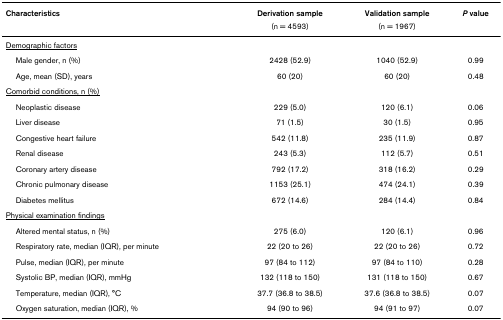
<table><thead><tr><td><b>Characteristics</b></td><td><b>Derivation sample</b></td><td><b>Validation sample</b></td><td><b><i>P </i>value</b></td></tr><tr><td></td><td><b>(n = 4593)</b></td><td><b>(n = 1967)</b></td><td></td></tr></thead><tbody><tr><td><underline>Demographic factors</underline></td><td></td><td></td><td></td></tr><tr><td> Male gender, n (%)</td><td>2428 (52.9)</td><td>1040 (52.9)</td><td>0.99</td></tr><tr><td> Age, mean (SD), years</td><td>60 (20)</td><td>60 (20)</td><td>0.48</td></tr><tr><td><underline>Comorbid conditions, n (%)</underline></td><td></td><td></td><td></td></tr><tr><td> Neoplastic disease</td><td>229 (5.0)</td><td>120 (6.1)</td><td>0.06</td></tr><tr><td> Liver disease</td><td>71 (1.5)</td><td>30 (1.5)</td><td>0.95</td></tr><tr><td> Congestive heart failure</td><td>542 (11.8)</td><td>235 (11.9)</td><td>0.87</td></tr><tr><td> Renal disease</td><td>243 (5.3)</td><td>112 (5.7)</td><td>0.51</td></tr><tr><td> Coronary artery disease</td><td>792 (17.2)</td><td>318 (16.2)</td><td>0.29</td></tr><tr><td> Chronic pulmonary disease</td><td>1153 (25.1)</td><td>474 (24.1)</td><td>0.39</td></tr><tr><td> Diabetes mellitus</td><td>672 (14.6)</td><td>284 (14.4)</td><td>0.84</td></tr><tr><td><underline>Physical examination findings</underline></td><td></td><td></td><td></td></tr><tr><td> Altered mental status, n (%)</td><td>275 (6.0)</td><td>120 (6.1)</td><td>0.96</td></tr><tr><td> Respiratory rate, median (IQR), per minute</td><td>22 (20 to 26)</td><td>22 (20 to 26)</td><td>0.72</td></tr><tr><td> Pulse, median (IQR), per minute</td><td>97 (84 to 112)</td><td>97 (84 to 110)</td><td>0.28</td></tr><tr><td> Systolic BP, median (IQR), mmHg</td><td>132 (118 to 150)</td><td>131 (118 to 150)</td><td>0.67</td></tr><tr><td> Temperature, median (IQR), °C</td><td>37.7 (36.8 to 38.5)</td><td>37.6 (36.8 to 38.5)</td><td>0.07</td></tr><tr><td> Oxygen saturation, median (IQR), %</td><td>94 (90 to 96)</td><td>94 (91 to 97)</td><td>0.07</td></tr></tbody></table>